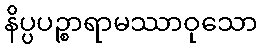
နိပ္ပပဉ္စာရာမဿာဝုသော